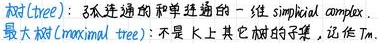
树(tree)：弧连通的和单连通的一维simplicial complex.
最大树(maximal tree)：不是K上其它树的子集，记作$T_m$.